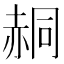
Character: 䞒